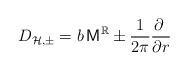
LaTeX: \begin{align*}D_{\mathcal{H},\pm}=b \, \mathsf{M}^{\mathbb{R}}\pm \frac{1}{2\pi}\frac{\partial\;}{\partial r}\end{align*}